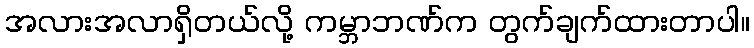
အလားအလာရှိတယ်လို့ ကမ္ဘာဘဏ်က တွက်ချက်ထားတာပါ။